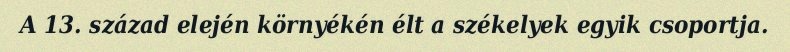
A 13. század elején környékén élt a székelyek egyik csoportja.